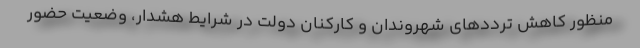
منظور کاهش ترددهای شهروندان و کارکنان دولت در شرایط هشدار، وضعیت حضور